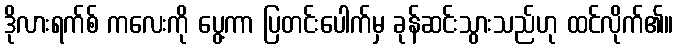
ဒိုလားရက်စ် ကလေးကို ပွေ့ကာ ပြတင်းပေါက်မှ ခုန်ဆင်းသွားသည်ဟု ထင်လိုက်၏။